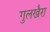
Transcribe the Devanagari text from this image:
गुलखैरा